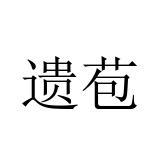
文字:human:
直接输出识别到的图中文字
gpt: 遗苞